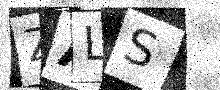
Text: ZALS